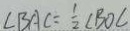
\angle B A C = \frac { 1 } { 2 } \angle B O C